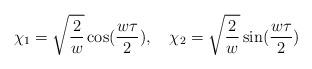
LaTeX: \begin{align*}\chi_1 = \sqrt{\frac{2}{w}}\cos(\frac{w\tau}{2}),{}~~~\chi_2 = \sqrt{\frac{2}{w}}\sin(\frac{w\tau}{2}) \end{align*}